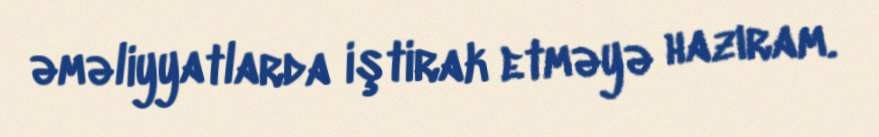
əməliyyatlarda iştirak etməyə hazıram.